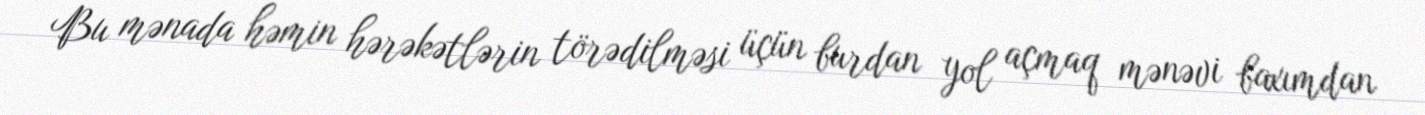
Bu mənada həmin hərəkətlərin törədilməsi üçün burdan yol açmaq mənəvi baxımdan